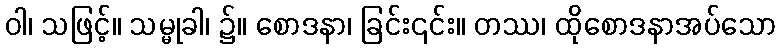
ဝါ၊ သဖြင့်။ သမ္မုခါ၊ ၌။ စောဒနာ၊ ခြင်း၎င်း။ တဿ၊ ထိုစောဒနာအပ်သော